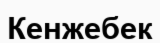
Кенжебек